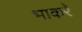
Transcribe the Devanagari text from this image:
भाकरे